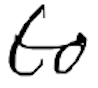
Text: to
Cross-out: clean
Writing tool: digital_black